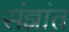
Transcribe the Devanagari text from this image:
संज्ञांत